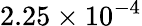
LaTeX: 2.25\times 10^{-4}